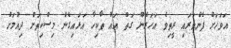
އަވަހަށް ފެންވަރައި ރީތިވެ އަހަރެން ގަތް އައު ތާކިހާ އަޅައިގެން މިސްކިތަށް ދިއުމަށް